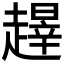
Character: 𬦝